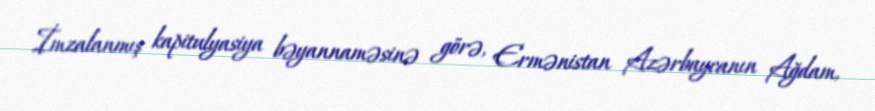
İmzalanmış kapitulyasiya bəyannaməsinə görə, Ermənistan Azərbaycanın Ağdam,